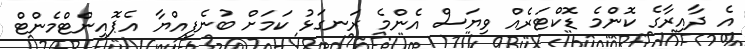
އެ ދާއިރާގެ ކޮންމެ ޑޮކްޓަރެއް ވިޔަސް އެންމެ ރަނގަޅު ކަމަށް ބުނެފިއްޔާ އެޕޮއިންޓްމެންޓް